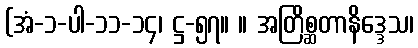
(အံ-၁-ပါ-၁၁-၁၄၊ ဋ္ဌ-၅၇။ ။ အတြိစ္ဆတာနိဒ္ဒေသ၊